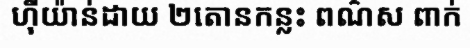
ហ៊ីយ៉ាន់ដាយ ២តោនកន្លះ ពណ៌ស ពាក់